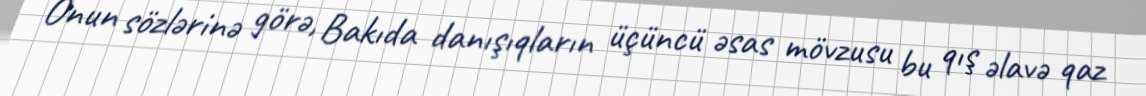
Onun sözlərinə görə, Bakıda danışıqların üçüncü əsas mövzusu bu qış əlavə qaz